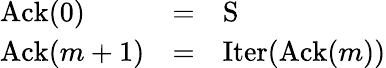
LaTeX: \begin{array}{lcl}{\operatorname{Ack}(0)}&{=}&{\operatorname{S}}\\ {\operatorname{Ack}(m+1)}&{=}&{\operatorname{Iter}(\operatorname{Ack}(m))}\end{array}